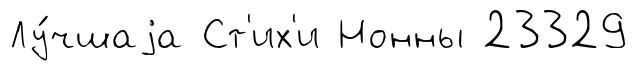
Лу́чшаjа Ст'их'и Нонны 23329